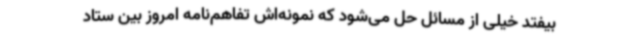
بیفتد خیلی از مسائل حل می‌شود که نمونه‌اش تفاهم‌نامه امروز بین ستاد